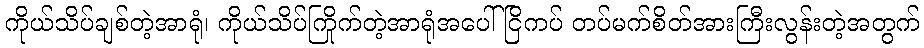
ကိုယ်သိပ်ချစ်တဲ့အာရုံ၊ ကိုယ်သိပ်ကြိုက်တဲ့အာရုံအပေါ် ငြိကပ် တပ်မက်စိတ်အားကြီးလွန်းတဲ့အတွက်